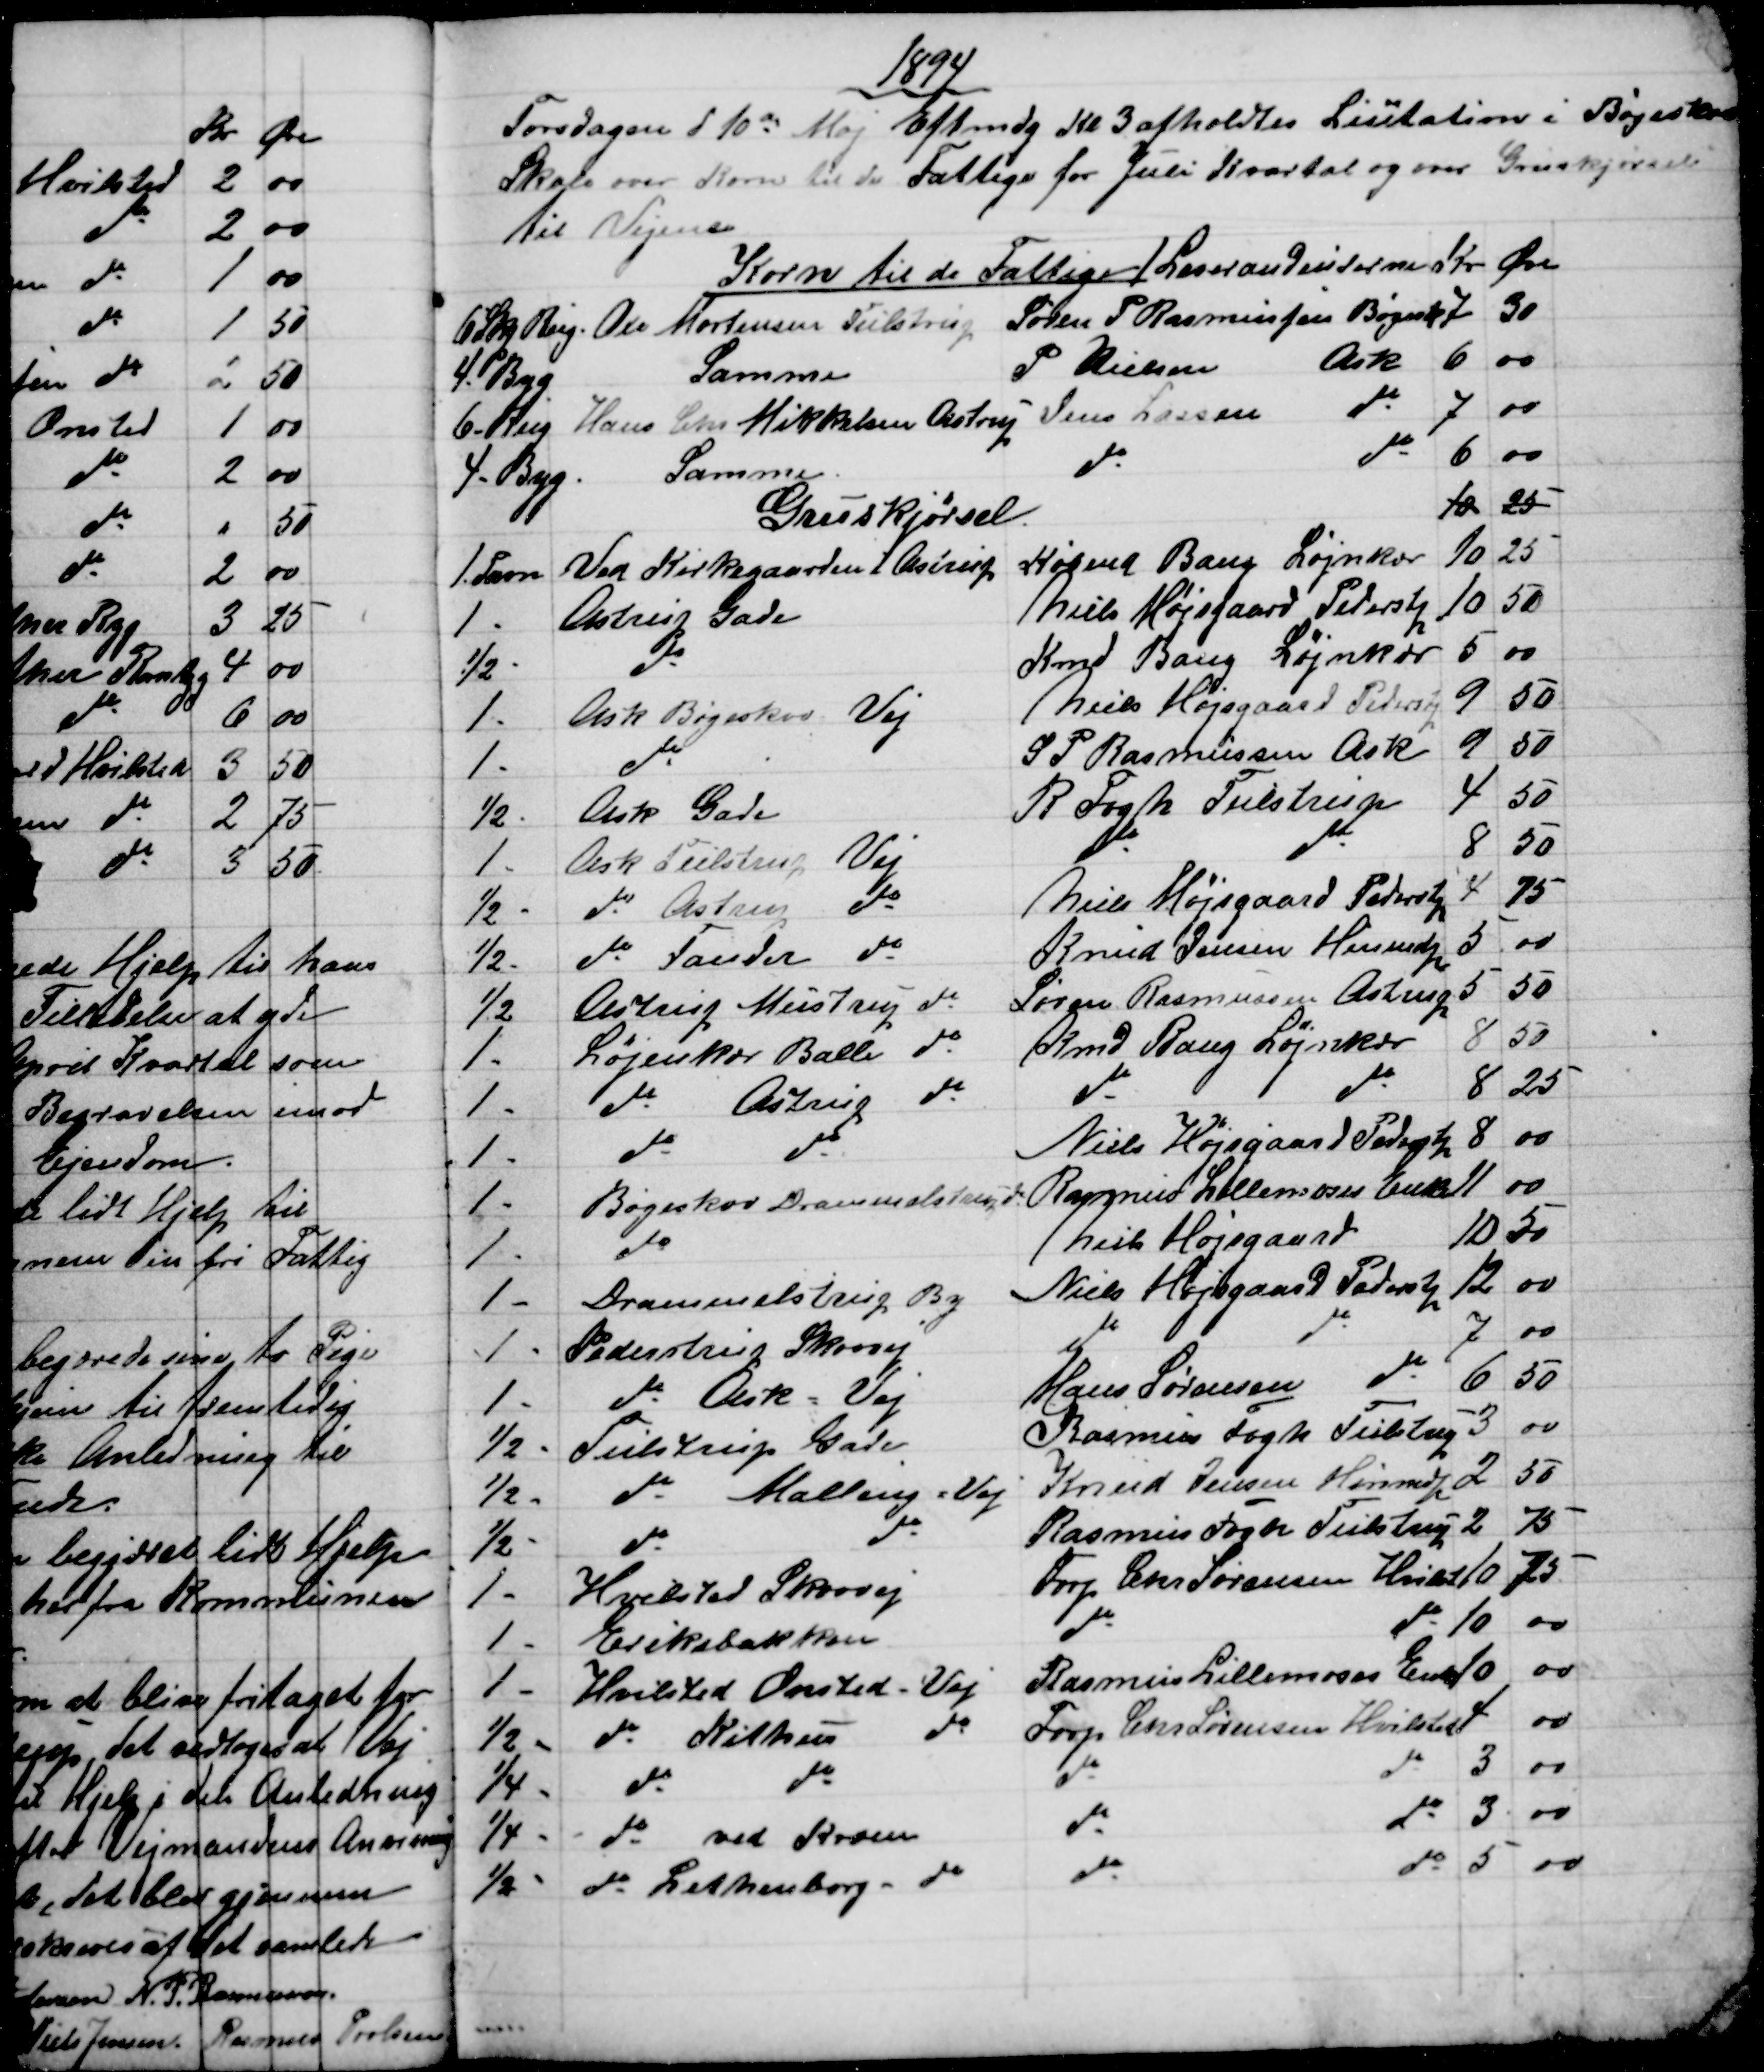
Transskription:
1894
Torsdagen d 10de Maj Eftmdg Kl 3 afholdtes Licitation i Bøgeskov
Skole over Korn til de Fattige for Juli Kvartal og over Gruskjørsel
til Vejene
Korn til de Fattige / Leverandeurerne
Kr
Øre
6 Skp Rug. 
Ole Mortensen Tulstrup
Søren P Rasmussen Bøgesk 
7
30
4 - Byg
Samme
P Nielsen
Ask
6
00
6 - Rug
Hans Chr Mikkelsen Astrup
Jens Larsen do
7
00
4 - Byg
Samme
do
do
6
00
Gruskjørsel.
10
25
1. Favn
Ved Kirkegaarden i Astrup
Købmd Bang Løjnkær
10
25
1 -
Astrup Gade
Niels Højsgaard Pederstp
10
50
½ -
do
Kmd Bang Løjnkær
5
00
1 -
Ask Bøgeskov Vej
Niels Højsgaard Pederstp
9
50
1 -
do
S P Rasmussen Ask
9
50
½ -
Ask Gade
R Fogh Tulstrup
4
50
1 -
Ask Tulstrup Vej
do
do
8
50
½ -
do Astrup do
Niels Højsgaard Pederstp
4
75
½ -
do Tander do
Knud Jensen Hinnedrp
5
00
½
Astrup Mustrup do
Søren Rasmussen Astrup
5
50
1 -
Løjenkær Balle do
Kmd Bang Løjenkær
8
50
1 -
do Astrup do
do
do
8
25
1 -
do do
Niels Højsgaard Pederstp
8
00
1 -
Bøgeskov Drammelstrup do
Rasmus Lillemoses Enke 
11
00
1 -
do
Niels Højsgaard
10
50
1 -
Drammelstrup By
Niels Højsgaard Pederstp
12
00
1 -
Pederstrup Skovvej
do
do
7
00
1 -
do Ask Vej
Hans Sørensen do
6
50
½ -
Tulstrup Gade
Rasmus Fogh Tulstrup
3
00
½ -
do Malling. Vej
Knud Jensen Hinnedrup
2
50
½ -
do
do 
Rasmus Fogh Tulstrup 
2
75
1 -
Hvilsted Skovvej
Forp. Chr Sørensen Hvilst
10
75
1 -
Eriksbakken
do
do
10
00
1 -
Hvilsted Onsted - Vej
Rasmus Lillemoses Enke
10
00
½ -
do Kithus do
Forp Chr Sørensen Hvilsted
4
00
¼ -
do
do
do
do
3
00
¼ -
do ved Kroen
do
do
3
00
½ -
do Lethenborg do
do
do
5
00